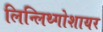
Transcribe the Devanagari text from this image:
लिन्लिथ्गोशायर